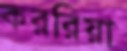
কররিয়া